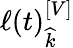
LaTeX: \ell\left(t\right)_{\widehat{k}}^{\left[V\right]}